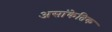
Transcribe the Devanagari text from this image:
असांकेतिक